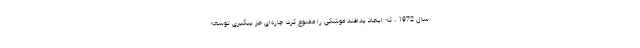
سال 1972 ، که ایجاد پدافند موشکی را ممنوع کرد، چاره‌ای جز پیگیری توسعه